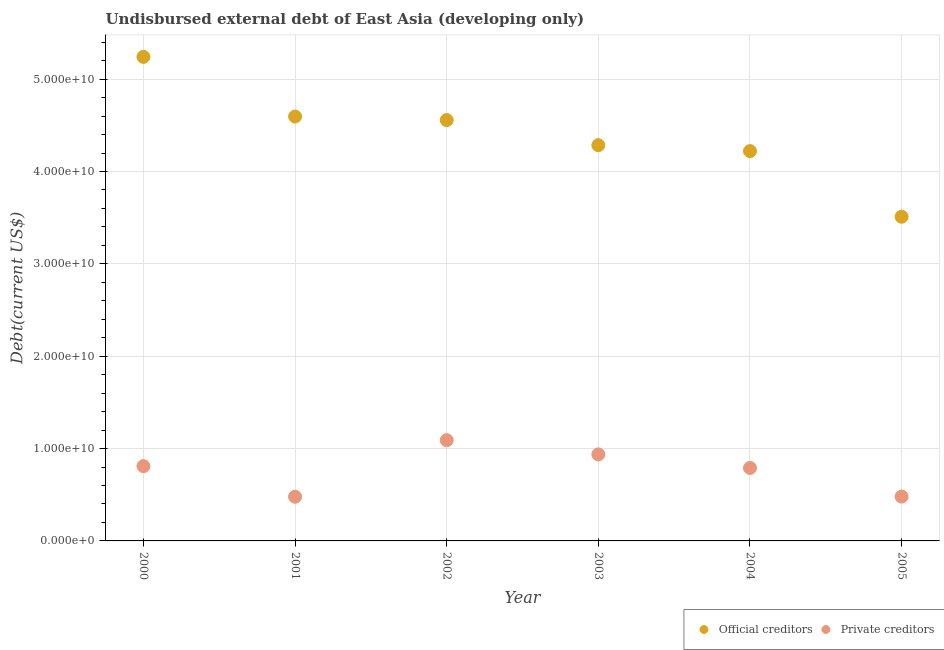
| Year | Official creditors | Private creditors |
 | --- | --- | --- |
 | 2000 | 5.24e+10 | 8.1e+09 |
 | 2001 | 4.6e+10 | 4.78e+09 |
 | 2002 | 4.56e+10 | 1.09e+10 |
 | 2003 | 4.28e+10 | 9.37e+09 |
 | 2004 | 4.22e+10 | 7.9e+09 |
 | 2005 | 3.51e+10 | 4.8e+09 |